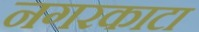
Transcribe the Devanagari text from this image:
नगरकाटा